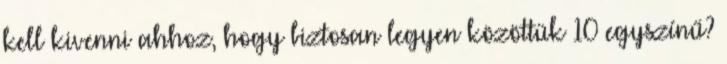
kell kivenni ahhoz, hogy biztosan legyen közöttük 10 egyszínű?